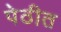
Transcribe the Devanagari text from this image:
पेठीत